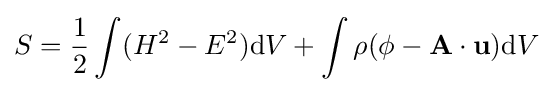
S={\frac {1}{2}}\int (H^{2}-E^{2})\mathrm {d} V+\int \rho (\phi -\mathbf {A} \cdot \mathbf {u} )\mathrm {d} V